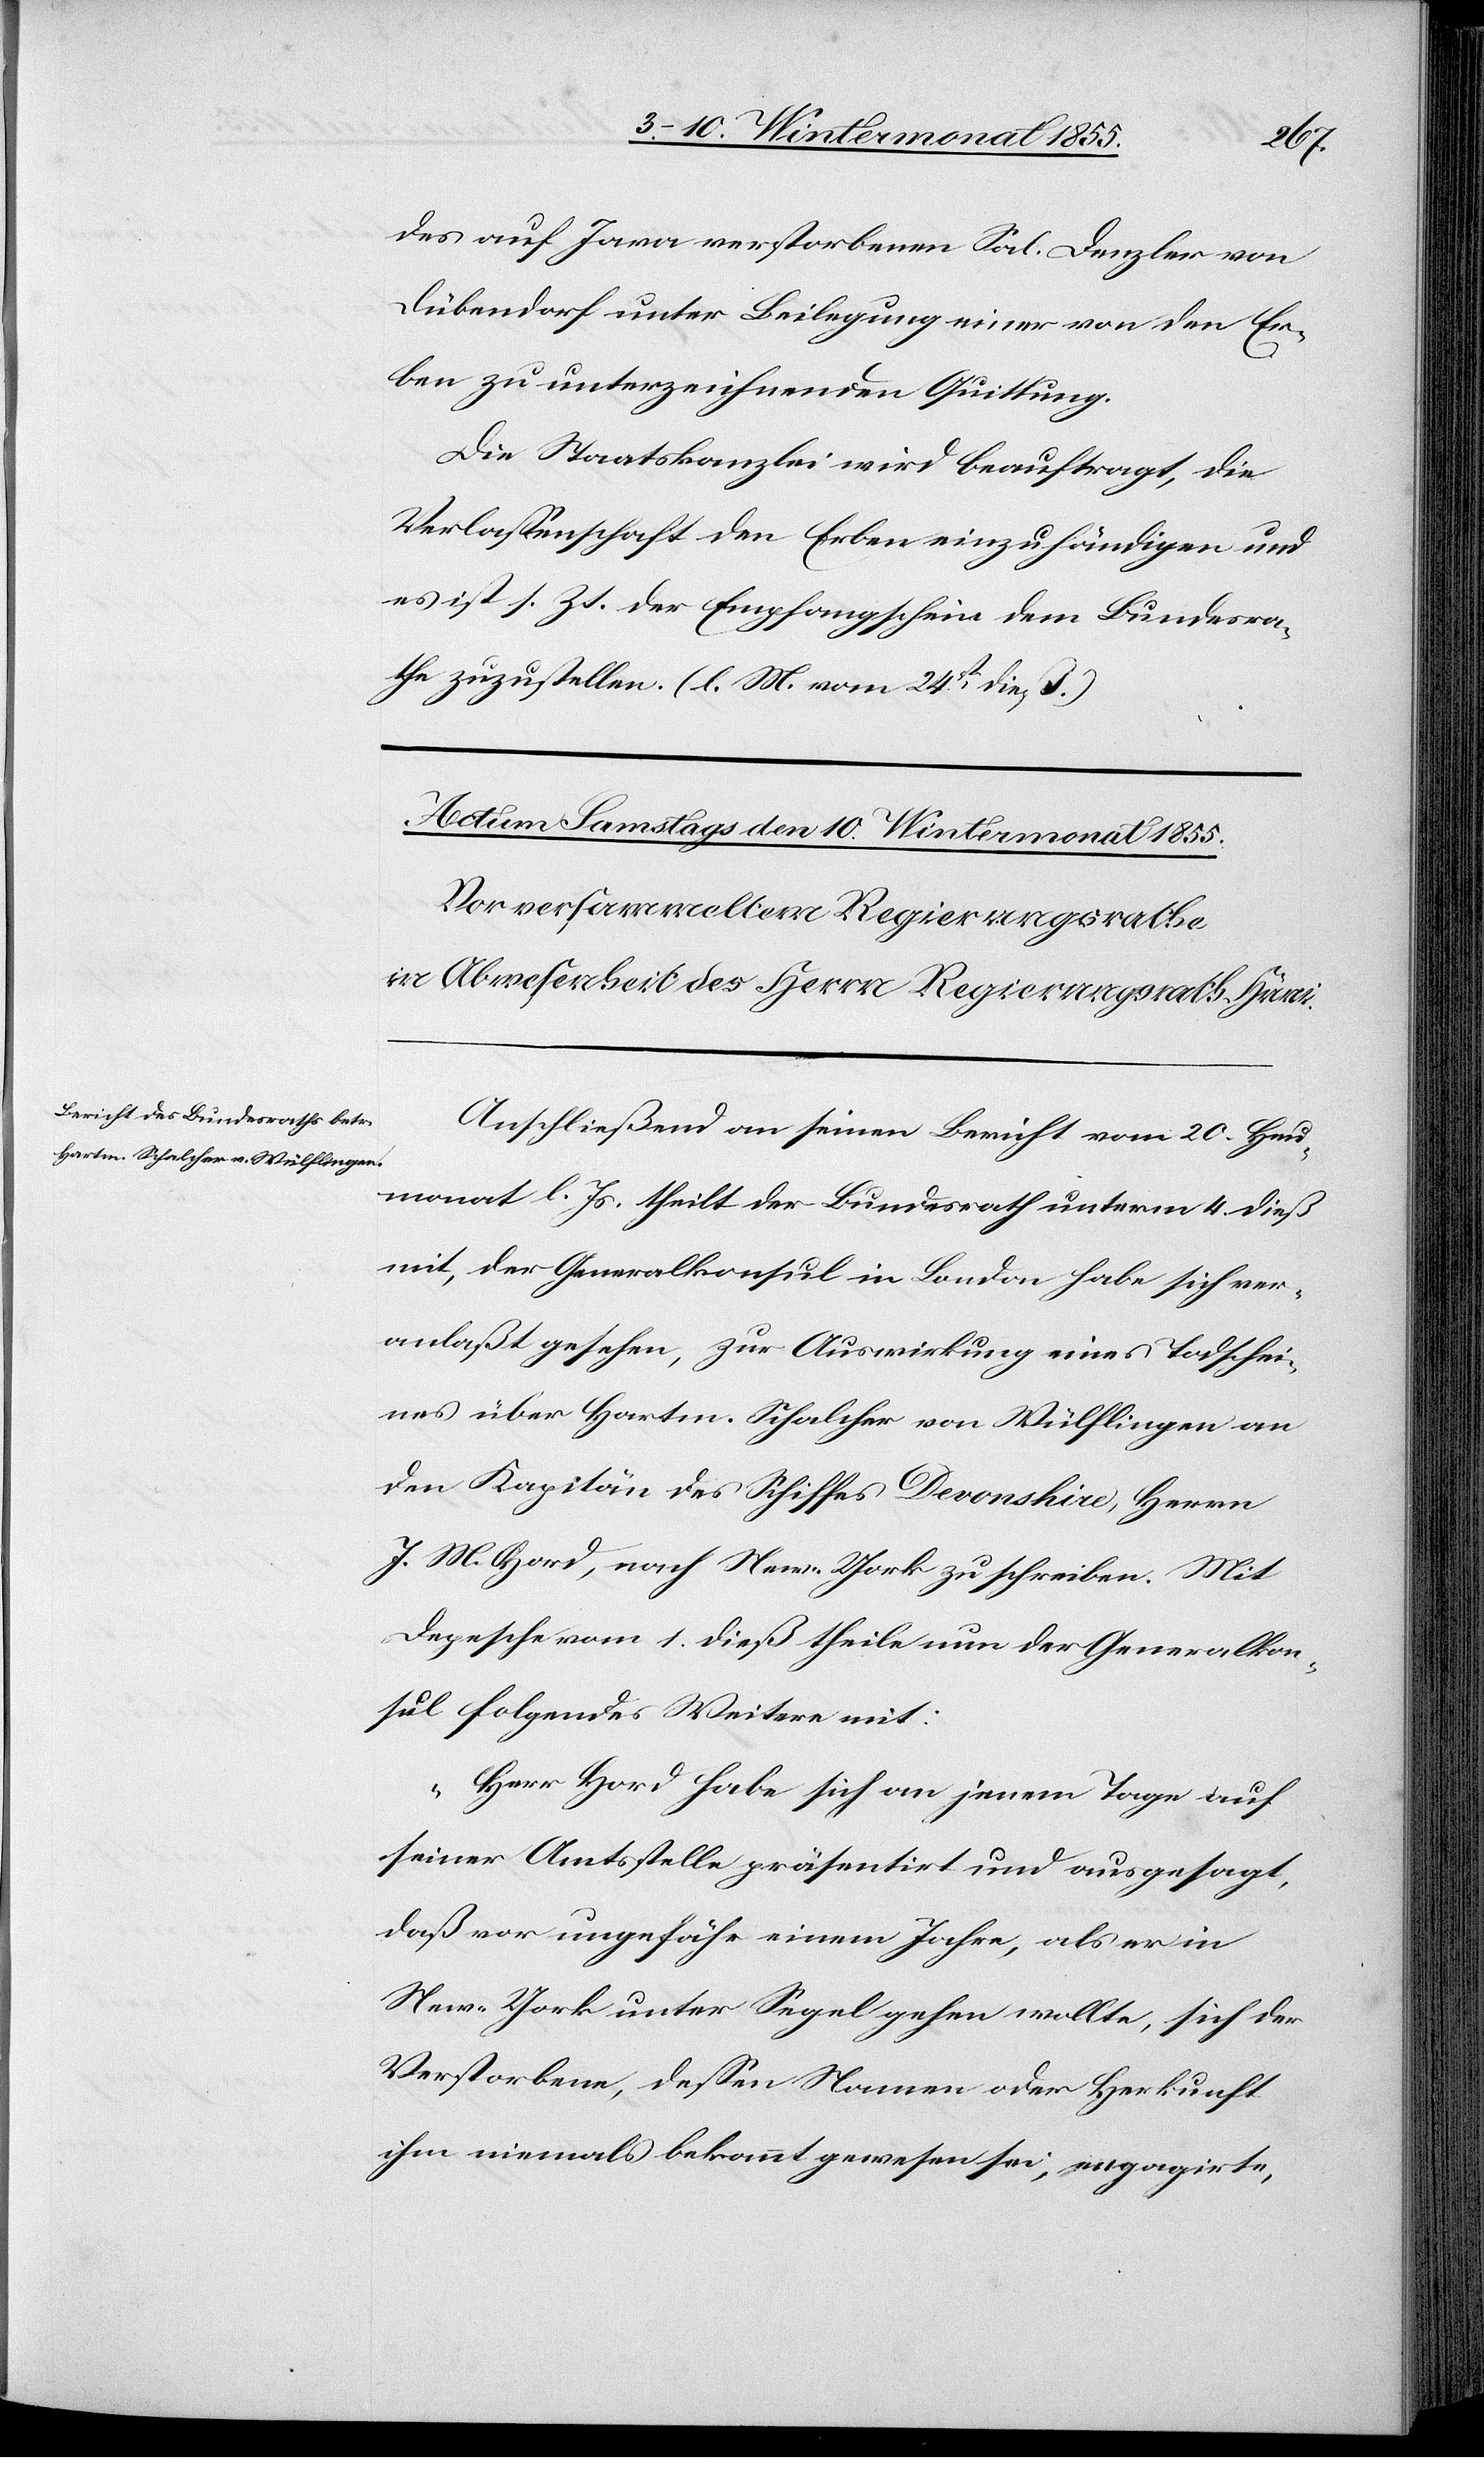
des auf Java verstorbenen Sal. Denzler von
Dübendorf unter Beilegung einer von den Er¬
ben zu unterzeichnenden Quittung.
Die Staatskanzlei wird beauftragt, die
Verlassenschaft den Erben einzuhändigen und
es ist s. Zt. der Empfangschein dem Bundesra¬
the zuzustellen. (l. M. vom 24st. dieß.)
Anschließend an seinen Bericht vom 20. Heu¬
monat l. Js. theilt der Bundesrath unterm 4. dieß
mit, der Generalkonsul in London habe sich ver¬
anlaßt gesehen, zur Auswirkung eines Todschei¬
nes über Hartm. Schalcher von Wülflingen an
den Kapitän des Schiffes Devonshire, Herrn
J. M. Hord, nach New-York zu schreiben. Mit
Depesche vom 1. dieß theile nun der Generalkon¬
sul folgendes Weitere mit:
„Herr Hord habe sich an jenem Tage auf
seiner Amtsstelle präsentirt und ausgesagt,
daß vor ungefähr einem Jahre, als er in
New-York unter Segel gehen wollte, sich der
Verstorbene, dessen Namen oder Herkunft
ihm niemals bekannt gewesen sei, engagirte,